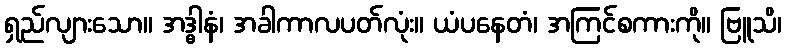
ရှည်လျားသော။ အဒ္ဓါနံ၊ အခါကာလပတ်လုံး။ ယံပနေတံ၊ အကြင်စကားကို။ ဗြူသိ၊